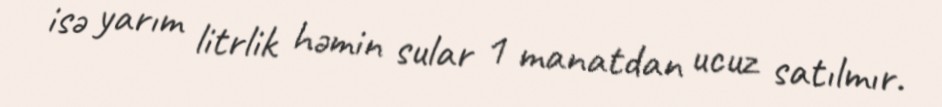
isə yarım litrlik həmin sular 1 manatdan ucuz satılmır.